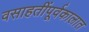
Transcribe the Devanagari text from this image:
वसाहतींपूर्वकालात